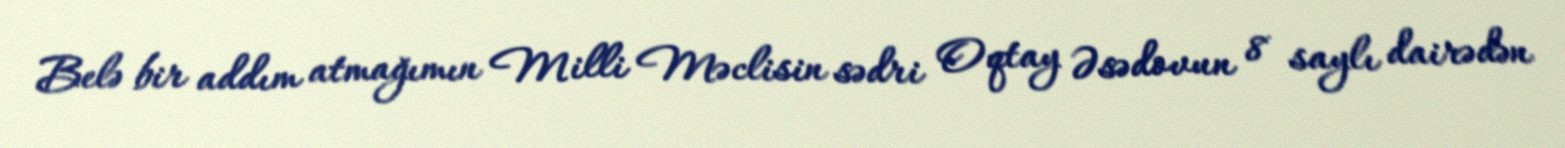
Belə bir addım atmağımın Milli Məclisin sədri Oqtay Əsədovun 8 saylı dairədən